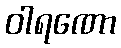
ဝါရဏော